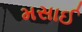
મસાઈ